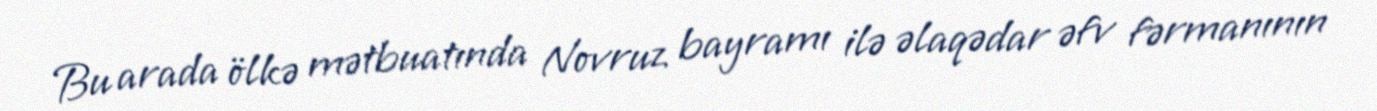
Bu arada ölkə mətbuatında Novruz bayramı ilə əlaqədar əfv fərmanının